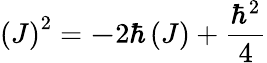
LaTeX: \left(J\right)^{2}=\mathbf{-}2\hbar\left(J\right)+\frac{\hbar^{2}}{4}